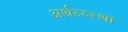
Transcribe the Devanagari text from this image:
अर्थव्य्स्था